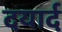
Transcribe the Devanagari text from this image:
दयार्द